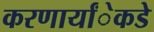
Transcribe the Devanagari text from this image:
करणार्यांेकडेे